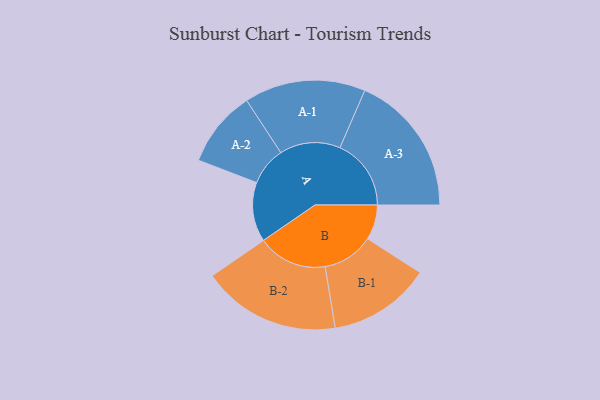
{"axis": {"x": "Segment", "y": "Value"}, "legend": ["", "A", "B"], "data": [{"x": "A", "y": 197, "type": ""}, {"x": "B", "y": 116, "type": ""}, {"x": "A-1", "y": 201, "type": "A"}, {"x": "A-2", "y": 127, "type": "A"}, {"x": "A-3", "y": 236, "type": "A"}, {"x": "B-1", "y": 170, "type": "B"}, {"x": "B-2", "y": 230, "type": "B"}]}